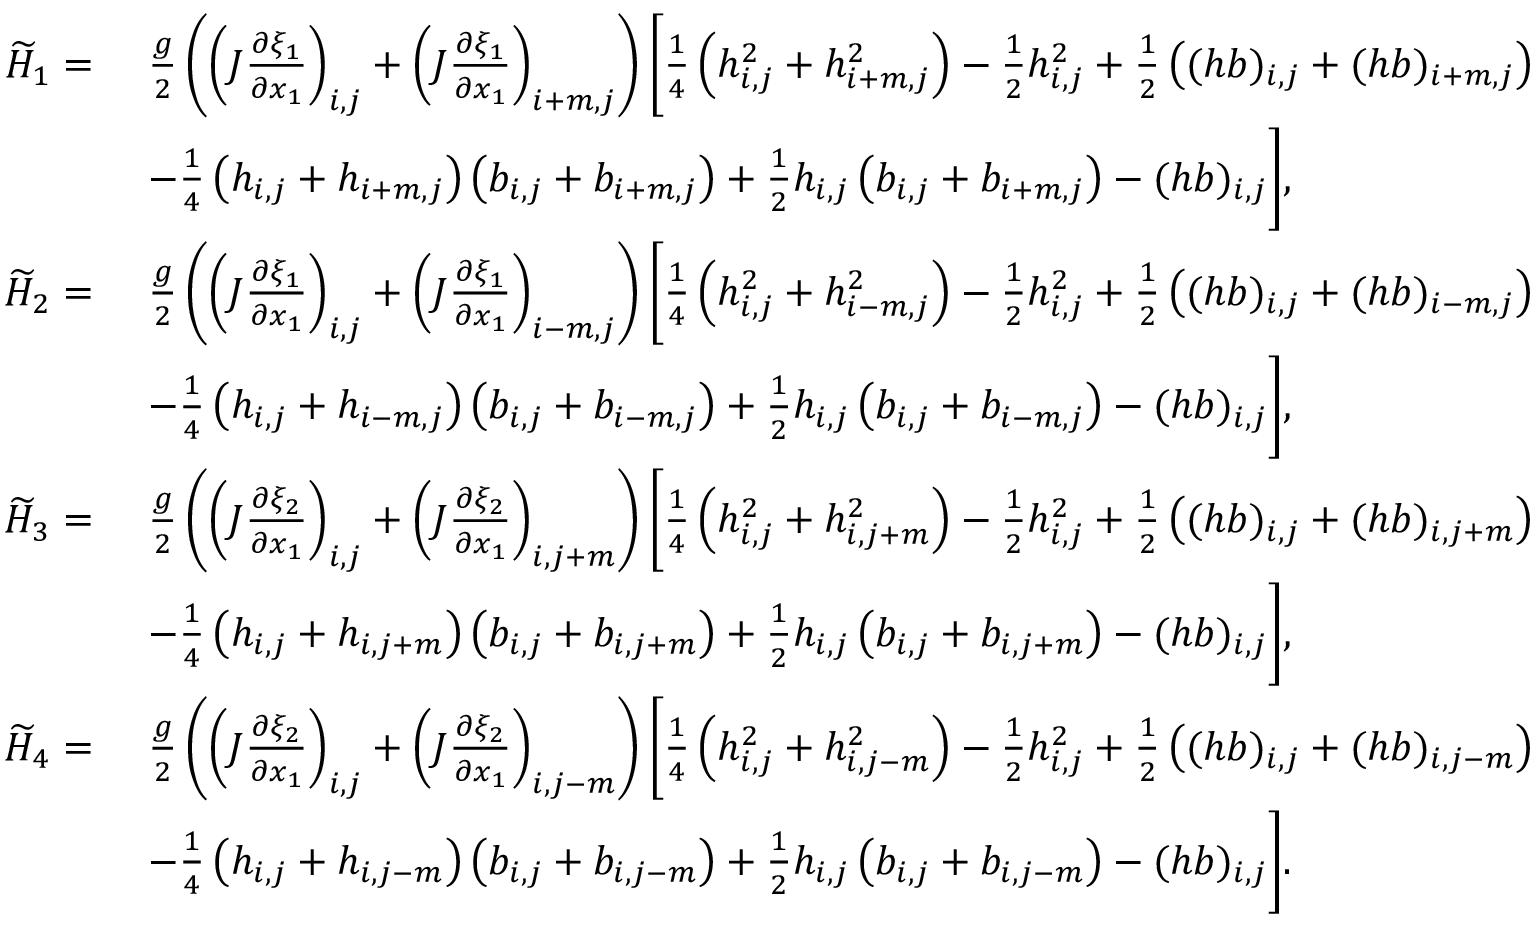
\begin{array} { r l } { \widetilde { H } _ { 1 } = \ } & { \frac { g } { 2 } \left( \left( J \frac { \partial \xi _ { 1 } } { \partial x _ { 1 } } \right) _ { i , j } + \left( J \frac { \partial \xi _ { 1 } } { \partial x _ { 1 } } \right) _ { i + m , j } \right) \Bigg [ \frac { 1 } { 4 } \left( h _ { i , j } ^ { 2 } + h _ { i + m , j } ^ { 2 } \right) - \frac { 1 } { 2 } h _ { i , j } ^ { 2 } + \frac { 1 } { 2 } \left( ( h b ) _ { i , j } + ( h b ) _ { i + m , j } \right) } \\ & { - \frac { 1 } { 4 } \left( { h } _ { i , j } + { h } _ { i + m , j } \right) \left( { b } _ { i , j } + { b } _ { i + m , j } \right) + \frac { 1 } { 2 } h _ { i , j } \left( { b } _ { i , j } + { b } _ { i + m , j } \right) - ( h b ) _ { i , j } \Bigg ] , } \\ { \widetilde { H } _ { 2 } = \ } & { \frac { g } { 2 } \left( \left( J \frac { \partial \xi _ { 1 } } { \partial x _ { 1 } } \right) _ { i , j } + \left( J \frac { \partial \xi _ { 1 } } { \partial x _ { 1 } } \right) _ { i - m , j } \right) \Bigg [ \frac { 1 } { 4 } \left( h _ { i , j } ^ { 2 } + h _ { i - m , j } ^ { 2 } \right) - \frac { 1 } { 2 } h _ { i , j } ^ { 2 } + \frac { 1 } { 2 } \left( ( h b ) _ { i , j } + ( h b ) _ { i - m , j } \right) } \\ & { - \frac { 1 } { 4 } \left( { h } _ { i , j } + { h } _ { i - m , j } \right) \left( { b } _ { i , j } + { b } _ { i - m , j } \right) + \frac { 1 } { 2 } h _ { i , j } \left( { b } _ { i , j } + { b } _ { i - m , j } \right) - ( h b ) _ { i , j } \Bigg ] , } \\ { \widetilde { H } _ { 3 } = \ } & { \frac { g } { 2 } \left( \left( J \frac { \partial \xi _ { 2 } } { \partial x _ { 1 } } \right) _ { i , j } + \left( J \frac { \partial \xi _ { 2 } } { \partial x _ { 1 } } \right) _ { i , j + m } \right) \Bigg [ \frac { 1 } { 4 } \left( h _ { i , j } ^ { 2 } + h _ { i , j + m } ^ { 2 } \right) - \frac { 1 } { 2 } h _ { i , j } ^ { 2 } + \frac { 1 } { 2 } \left( ( h b ) _ { i , j } + ( h b ) _ { i , j + m } \right) } \\ & { - \frac { 1 } { 4 } \left( { h } _ { i , j } + { h } _ { i , j + m } \right) \left( { b } _ { i , j } + { b } _ { i , j + m } \right) + \frac { 1 } { 2 } h _ { i , j } \left( { b } _ { i , j } + { b } _ { i , j + m } \right) - ( h b ) _ { i , j } \Bigg ] , } \\ { \widetilde { H } _ { 4 } = \ } & { \frac { g } { 2 } \left( \left( J \frac { \partial \xi _ { 2 } } { \partial x _ { 1 } } \right) _ { i , j } + \left( J \frac { \partial \xi _ { 2 } } { \partial x _ { 1 } } \right) _ { i , j - m } \right) \Bigg [ \frac { 1 } { 4 } \left( h _ { i , j } ^ { 2 } + h _ { i , j - m } ^ { 2 } \right) - \frac { 1 } { 2 } h _ { i , j } ^ { 2 } + \frac { 1 } { 2 } \left( ( h b ) _ { i , j } + ( h b ) _ { i , j - m } \right) } \\ & { - \frac { 1 } { 4 } \left( { h } _ { i , j } + { h } _ { i , j - m } \right) \left( { b } _ { i , j } + { b } _ { i , j - m } \right) + \frac { 1 } { 2 } h _ { i , j } \left( { b } _ { i , j } + { b } _ { i , j - m } \right) - ( h b ) _ { i , j } \Bigg ] . } \end{array}